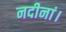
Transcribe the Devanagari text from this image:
नदीनां।